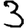
Digit: 3